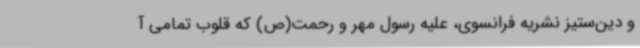
و دین‌ستیز نشریه فرانسوی، علیه رسول مهر و رحمت(ص) که قلوب تمامی آ